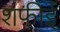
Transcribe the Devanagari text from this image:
शफीई